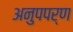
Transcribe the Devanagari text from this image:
अनुपपर्ण